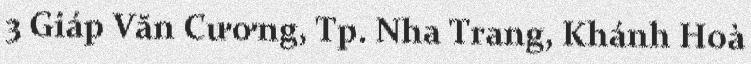
3 Giáp Văn Cương, Tp. Nha Trang, Khánh Hoà